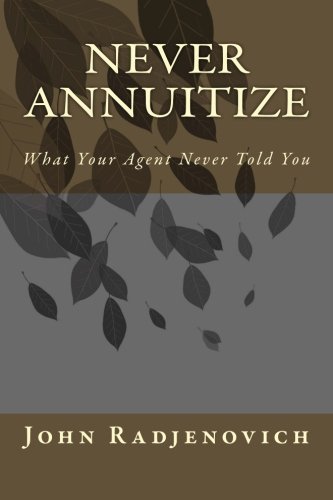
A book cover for Never Annuitize: What Your Agent Never Told You; John Radjenovich Jr.; Business & Money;